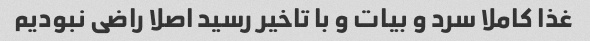
غذا کاملا سرد و بیات و با تاخیر رسید اصلا راضی نبودیم